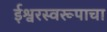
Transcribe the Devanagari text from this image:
ईश्वरस्वरूपाचा